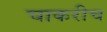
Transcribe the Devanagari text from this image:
चाकरीच